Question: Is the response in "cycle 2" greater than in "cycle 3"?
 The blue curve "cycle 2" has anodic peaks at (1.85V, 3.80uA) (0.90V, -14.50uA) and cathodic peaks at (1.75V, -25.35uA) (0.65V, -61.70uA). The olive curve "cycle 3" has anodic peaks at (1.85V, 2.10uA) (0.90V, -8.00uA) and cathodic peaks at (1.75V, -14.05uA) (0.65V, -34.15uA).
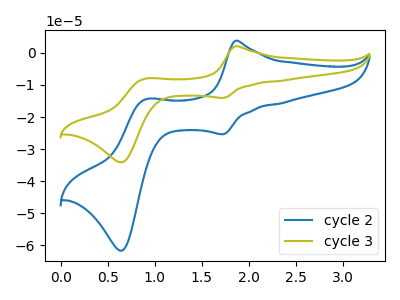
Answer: <think>All the peaks in "cycle 2" have a peak in "cycle 3" at the same potential.
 </think>
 <answer>I cant tell if "cycle 2" or "cycle 3" has more signal.</answer>
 <eval>mixed_signal</eval>